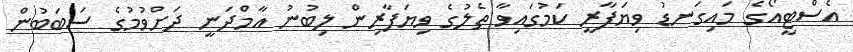
އެސްޓީއޯގެ މައިގަނޑު ވިޔަފާރީ ކަމުގައިވާ ތެލުގެ ވިޔަފާރިން ލިބުނު އާމްދަނީ ދަށްވުމުގެ ސަބަބުން